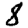
Digit: 8